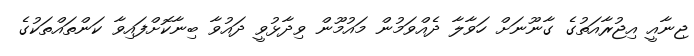
ޖިނާއީ އިޖުރާއަތުގެ ގާނޫނަށް ހަވާލާ ދެއްވަމުން މައުމޫން ވިދާޅުވީ ދައުވާ ބިނާކޮށްފައިވާ ކަންތައްތަކުގެ